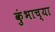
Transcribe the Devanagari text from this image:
कुंभाच्या